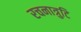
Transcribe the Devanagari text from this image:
रचनात्रुटि